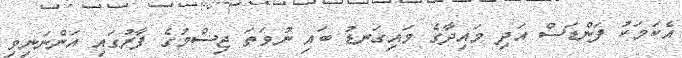
އެކަމަކު ފަންޑަސް އަދި މައިދާގެ މައިގަނޑު ބައި ނުވަތަ ޖިސްމުގެ ފާރުގައި އަންނަނިވި